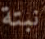
نبتة